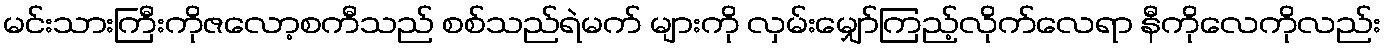
မင်းသားကြီးကိုဇလော့စကီသည် စစ်သည်ရဲမက် များကို လှမ်းမျှော်ကြည့်လိုက်လေရာ နီကိုလေကိုလည်း